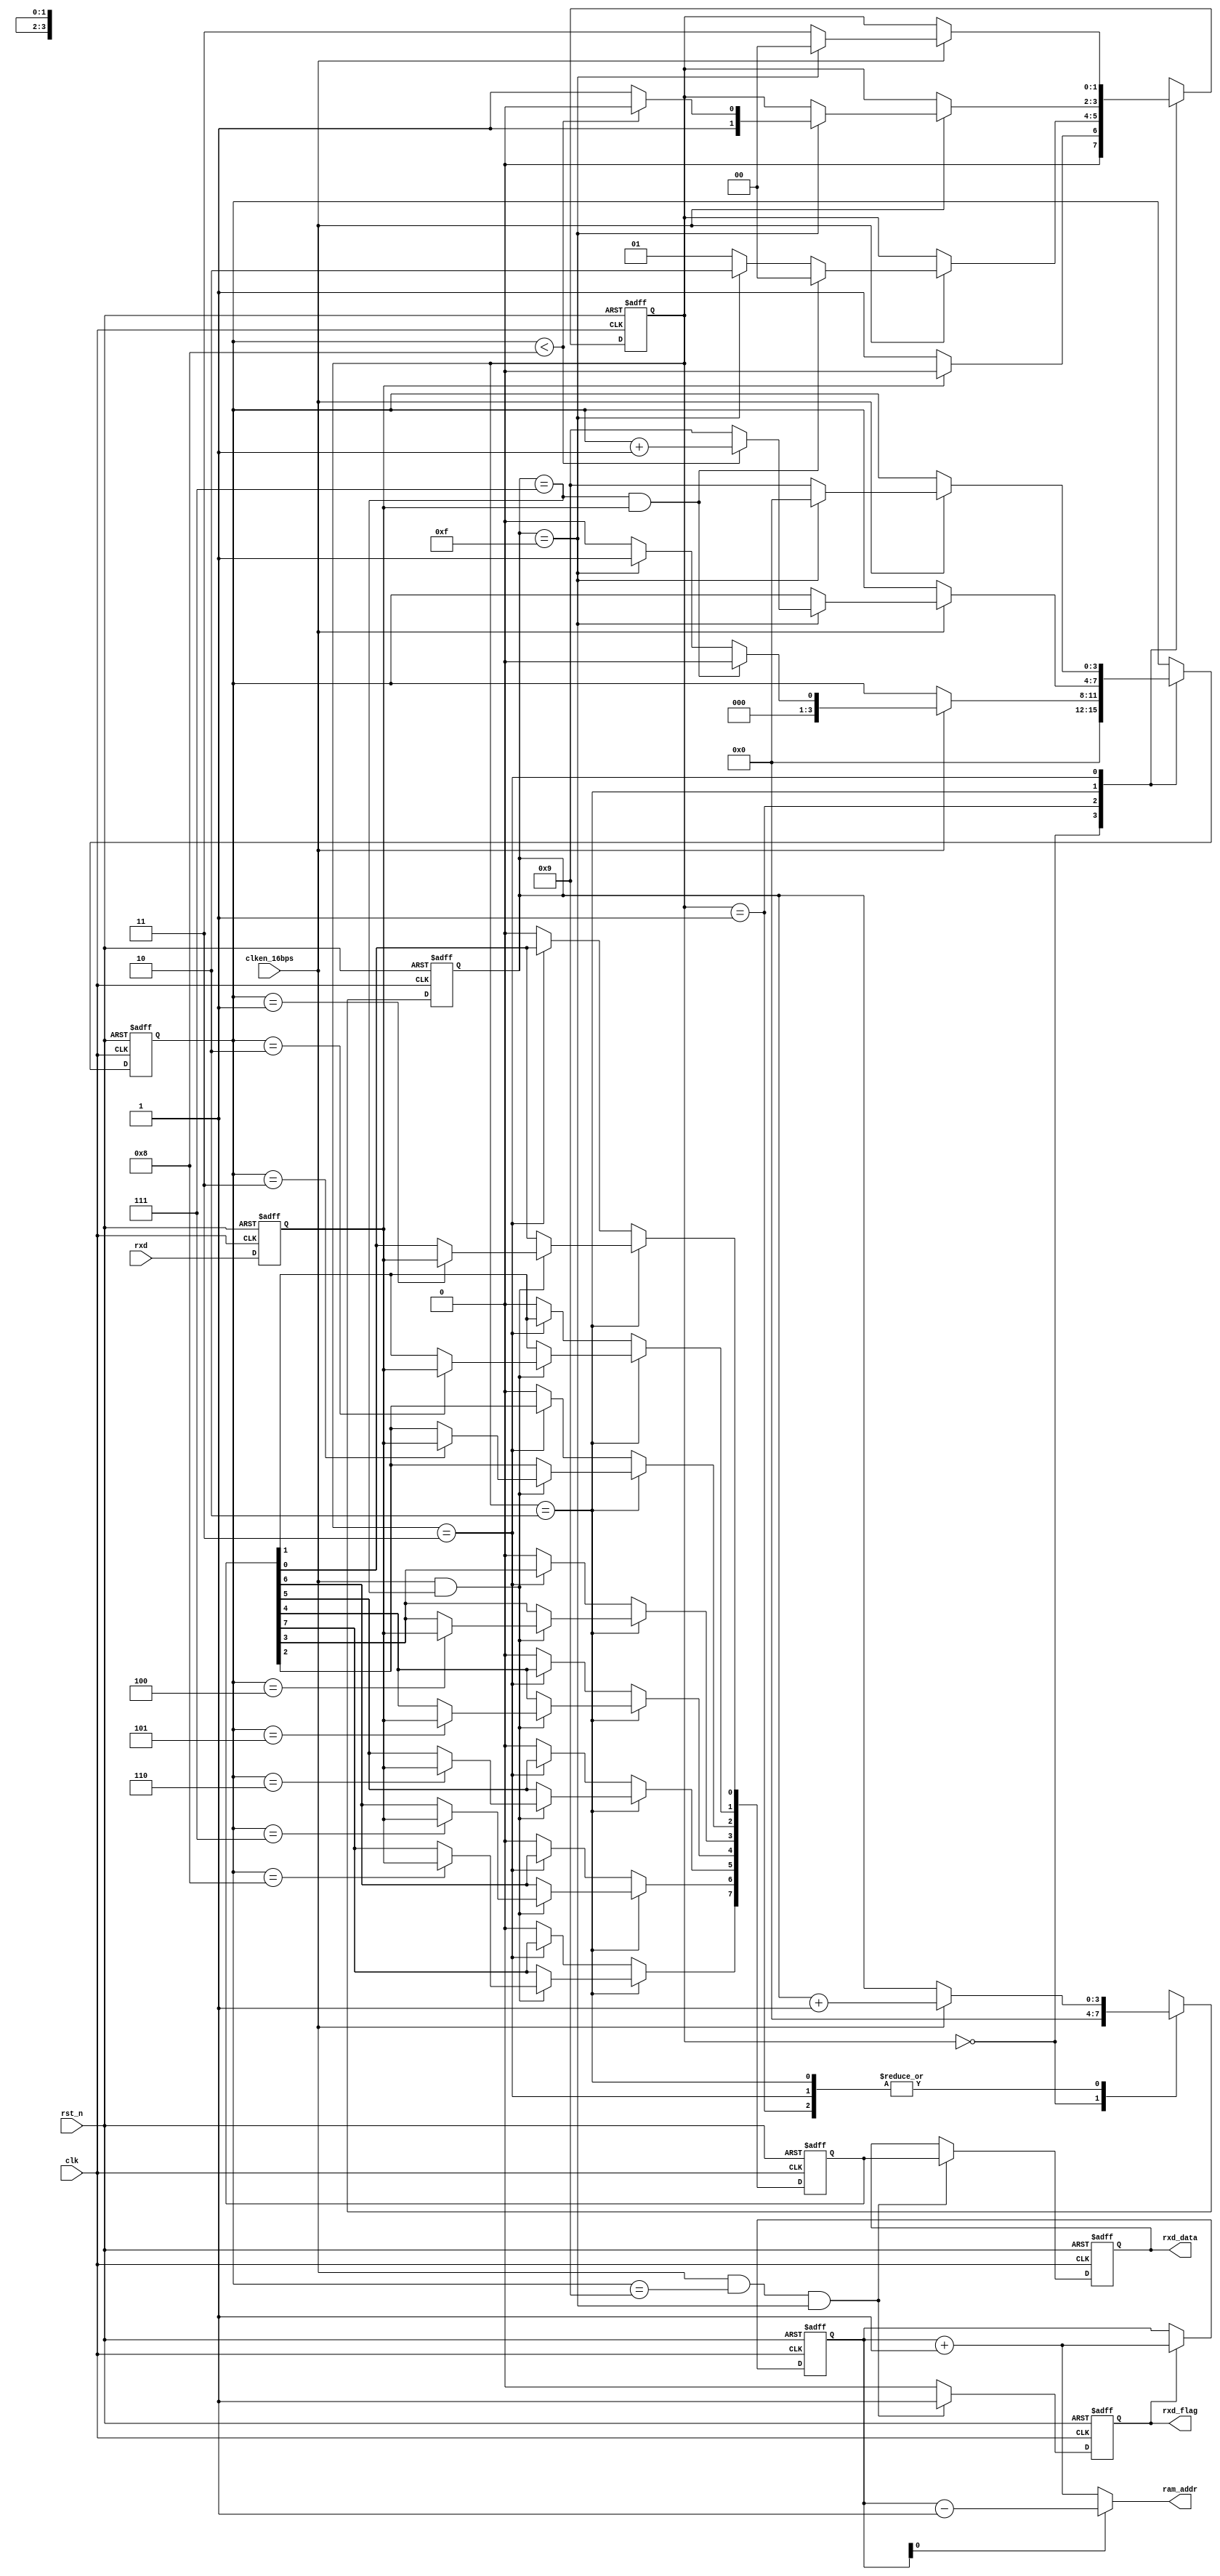
`timescale 1ns / 1ps
//////////////////////////////////////////////////////////////////////////////////
// Company: 
// Engineer: 
// 
// Design Name: 
// Module Name: Uart_receiver_1byte
// Project Name: 
// Target Devices: 
// Tool Versions: 
// Description: 
// 
// Dependencies: 
// 
// Revision:
// Revision 0.01 - File Created
// Additional Comments:
// 
//////////////////////////////////////////////////////////////////////////////////


module Uart_receiver_1byte(
	//gobal clock
	input				clk,
	input				rst_n,
	
	//user interface
	input				clken_16bps,//clk_bps * 16
	
	//uart interface
	input				rxd,		//uart txd interface
	output	reg	[7:0]	rxd_data,	//uart data receive
	output	reg			rxd_flag,	//uart data receive done 
	//output  reg [18:0]	ram_addr
	output  	 [19:0]	ram_addr
);


/**************************************************************************
..IDLE...Start...............UART DATA........................End...IDLE...
________													 ______________
        |____< D0 >< D1 >< D2 >< D3 >< D4 >< D5 >< D6 >< D7 >
		Bit0  Bit1  Bit2  Bit3  Bit4  Bit5  Bit6  Bit7  Bit8  Bit9
**************************************************************************/

//---------------------------------
//sync the rxd data: rxd_sync
reg	rxd_sync;				
always@(posedge clk or negedge rst_n)
begin
	if(!rst_n)
		rxd_sync <= 1;
	else
		rxd_sync <= rxd;
end

//---------------------------------------
//parameter of uart transfer
localparam	R_IDLE		=	2'd0;		//detect if the uart data is begin
localparam	R_START		=	2'd1;		//uart transfert start mark bit
localparam	R_SAMPLE	=	2'd2;		//uart 8 bit data receive
localparam	R_STOP		=	2'd3;		//uart transfer stop mark bit
reg	[1:0]	rxd_state;					//uart receive state
reg	[3:0]	rxd_cnt;					//uart 8 bit data counter
reg	[3:0]	smp_cnt;					//16 * clk_bps, the center for sample
localparam	SMP_TOP		=	4'd15;
localparam	SMP_CENTER	=	4'd7;
always@(posedge clk or negedge rst_n)
begin
	if(!rst_n)
		begin
		smp_cnt <= 0;
		rxd_cnt <= 0;
		rxd_state <= R_IDLE;
		end
	else 
		case(rxd_state)
		R_IDLE:		//Wait for start bit
			begin
			rxd_cnt <= 0;
			smp_cnt <= 0;
			if(rxd_sync == 1'b0)			//uart rxd start bit
				rxd_state <= R_START;
			else
				rxd_state <= R_IDLE;
			end
		R_START:
			begin
			if(clken_16bps == 1)			//clk_bps * 16
				begin
				smp_cnt <= smp_cnt + 1'b1;
				if(smp_cnt == SMP_CENTER && rxd_sync != 1'b0)	//invalid data	
					begin
					rxd_cnt <= 0;
					rxd_state <= R_IDLE;
					end
				else if(smp_cnt == SMP_TOP)	//Count for 16 clocks
					begin
					rxd_cnt <= 1;
					rxd_state <= R_SAMPLE;	//start mark bit is over
					end
				else
					begin
					rxd_cnt <= 0;
					rxd_state <= R_START;	//wait start mark bit over
					end
				end
			else							//invalid data
				begin
				smp_cnt <= smp_cnt;
				rxd_state <= rxd_state;
				end
			end
		R_SAMPLE:	//Sample 8 bit of Uart: {LSB, MSB}
			begin
			if(clken_16bps == 1)			//clk_bps * 16
				begin
				smp_cnt <= smp_cnt + 1'b1;
				if(smp_cnt == SMP_TOP)
					begin
					if(rxd_cnt < 4'd8)		//Totally 8 data
						begin
						rxd_cnt <= rxd_cnt + 1'b1;
						rxd_state <= R_SAMPLE;
						end
					else
						begin
						rxd_cnt <= 4'd9;	//Turn of stop bit
						rxd_state <= R_STOP;
						end
					end
				else
					begin
					rxd_cnt <= rxd_cnt;
					rxd_state <= rxd_state;
					end
				end
			else
				begin
				smp_cnt <= smp_cnt;
				rxd_cnt <= rxd_cnt;
				rxd_state <= rxd_state;
				end
			end
		R_STOP:
			begin
			if(clken_16bps == 1)		//clk_bps * 16
				begin
				smp_cnt <= smp_cnt + 1'b1;
				if(smp_cnt == SMP_TOP)
					begin
					rxd_state <= R_IDLE;
					rxd_cnt <= 0;		//Stop data bit is done
					end
				else
					begin
					rxd_cnt <= 9;		//Stop data bit
					rxd_state <= R_STOP;
					end
				end
			else
				begin
				smp_cnt <= smp_cnt;
				rxd_cnt <= rxd_cnt;
				rxd_state <= rxd_state;
				end
			end
				
		endcase
end

//----------------------------------
//uart data receive in center point
reg	[7:0]	rxd_data_r;
always@(posedge clk or negedge rst_n)
begin
	if(!rst_n)
		rxd_data_r <= 0;
	else if(rxd_state == R_SAMPLE)
		begin
		if(clken_16bps == 1 && smp_cnt == SMP_CENTER)	//sample center point
			case(rxd_cnt)
			4'd1:	rxd_data_r[0] <= rxd_sync;
			4'd2:	rxd_data_r[1] <= rxd_sync;
			4'd3:	rxd_data_r[2] <= rxd_sync;
			4'd4:	rxd_data_r[3] <= rxd_sync;
			4'd5:	rxd_data_r[4] <= rxd_sync;
			4'd6:	rxd_data_r[5] <= rxd_sync;
			4'd7:	rxd_data_r[6] <= rxd_sync;
			4'd8:	rxd_data_r[7] <= rxd_sync;
			default:;
			endcase
		else
			rxd_data_r <= rxd_data_r;
		end
	else if(rxd_state == R_STOP)
		rxd_data_r <= rxd_data_r;
	else
		rxd_data_r <= 0;
end

//----------------------------------
//update uart receive data and receive flag signal
always@(posedge clk or negedge rst_n)
begin
	if(!rst_n)
		begin
		rxd_data <= 0;
		rxd_flag <= 0;
		end
	else if(clken_16bps == 1 &&  rxd_cnt == 4'd9 && smp_cnt == SMP_TOP)	//Start + 8 Bit + Stop Bit
		begin
		rxd_data <= rxd_data_r;
		rxd_flag <= 1;
		end
	else
		begin
		rxd_data <= rxd_data;
		rxd_flag <= 0;
		end
end

reg [19:0] ram_addr_r;
always@(posedge clk or negedge rst_n)
begin
	if(!rst_n) begin
		//is_one_pic_done <= 1'b0;
		ram_addr_r <= 20'b0;
		end
	else begin
		if(rxd_flag == 1'b1) begin
			//is_one_pic_done <= 1'b0;
			//if(ram_addr == 0)
			//	ram_addr <= ram_addr;
			//else if(ram_addr[0]) // 0
			ram_addr_r <= ram_addr_r + 1'b1;
		end
		else if(ram_addr_r >= 20'd539999) begin //
			//is_one_pic_done <= 1'b1;
			ram_addr_r <= ram_addr_r;
		end
		else begin
			ram_addr_r <= ram_addr_r;
			//is_one_pic_done <= is_one_pic_done;
		end
	end
end

assign ram_addr = ((ram_addr_r[0]==1'b0)? ram_addr_r + 1'b1: ram_addr_r - 1'b1);

endmodule